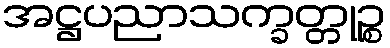
အဋ္ဌပညာသက္ခတ္တုဉ္စ